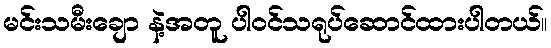
မင်းသမီးချော နဲ့အတူ ပါဝင်သရုပ်ဆောင်ထားပါတယ်။